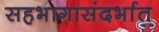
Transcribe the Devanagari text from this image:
सहभागासंदर्भात